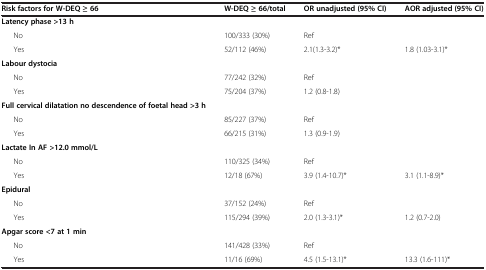
<table><thead><tr><td><b>Risk factors for W-DEQ ≥ 66</b></td><td><b>W-DEQ ≥ 66/total</b></td><td><b>OR unadjusted (95% CI)</b></td><td><b>AOR adjusted (95% CI)</b></td></tr></thead><tbody><tr><td><b>Latency phase &gt;13 h</b></td><td> </td><td> </td><td> </td></tr><tr><td>No</td><td>100/333 (30%)</td><td>Ref</td><td> </td></tr><tr><td>Yes</td><td>52/112 (46%)</td><td>2.1(1.3-3.2)*</td><td>1.8 (1.03-3.1)*</td></tr><tr><td><b>Labour dystocia</b></td><td> </td><td> </td><td> </td></tr><tr><td>No</td><td>77/242 (32%)</td><td>Ref</td><td> </td></tr><tr><td>Yes</td><td>75/204 (37%)</td><td>1.2 (0.8-1.8)</td><td> </td></tr><tr><td><b>Full cervical dilatation no descendence of foetal head &gt;3 h</b></td><td> </td><td> </td><td> </td></tr><tr><td>No</td><td>85/227 (37%)</td><td>Ref</td><td> </td></tr><tr><td>Yes</td><td>66/215 (31%)</td><td>1.3 (0.9-1.9)</td><td> </td></tr><tr><td><b>Lactate In AF &gt;12.0 mmol/L</b></td><td> </td><td> </td><td> </td></tr><tr><td>No</td><td>110/325 (34%)</td><td>Ref</td><td> </td></tr><tr><td>Yes</td><td>12/18 (67%)</td><td>3.9 (1.4-10.7)*</td><td>3.1 (1.1-8.9)*</td></tr><tr><td><b>Epidural</b></td><td> </td><td> </td><td> </td></tr><tr><td>No</td><td>37/152 (24%)</td><td>Ref</td><td> </td></tr><tr><td>Yes</td><td>115/294 (39%)</td><td>2.0 (1.3-3.1)*</td><td>1.2 (0.7-2.0)</td></tr><tr><td><b>Apgar score &lt;7 at 1 min</b></td><td> </td><td> </td><td> </td></tr><tr><td>No</td><td>141/428 (33%)</td><td>Ref</td><td> </td></tr><tr><td>Yes</td><td>11/16 (69%)</td><td>4.5 (1.5-13.1)*</td><td>13.3 (1.6-111)*</td></tr></tbody></table>